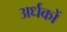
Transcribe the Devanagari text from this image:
अर्धकों